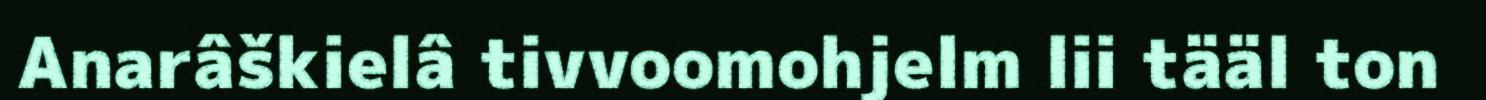
Anarâškielâ tivvoomohjelm lii tääl ton